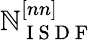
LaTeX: \mathbb{N}_{\mathrm{{~I~S~D~F~}}}^{[nn]}